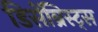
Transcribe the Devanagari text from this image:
डिसेंब्रिस्ट्स